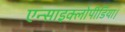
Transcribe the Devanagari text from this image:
एन्साइक्लोपीडिया।